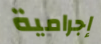
إجرامية